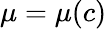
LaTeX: \mu=\mu(c)